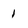
Character: 1